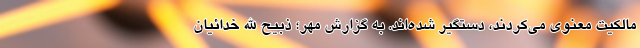
مالکیت معنوی می‌کردند، دستگیر شده‌اند. به گزارش مهر؛ ذبیح الله خدائیان